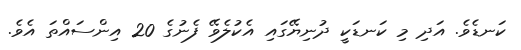
ކަނޑެވެ. އަދި މި ކަނޑަކީ ދުނިޔޭގައި އެކުލެވޭ ފެނުގެ 20 އިންސައްތަ އެވެ.